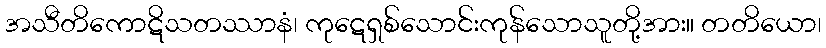
အသီတိကောဋိသတဿာနံ၊ ကုဋေရှစ်သောင်းကုန်သောသူတို့အား။ တတိယော၊